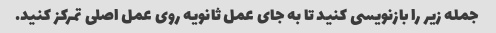
جمله زیر را بازنویسی کنید تا به جای عمل ثانویه روی عمل اصلی تمرکز کنید.